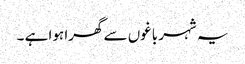
یہ شہر باغوں سے گھرا ہوا ہے ۔